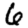
Digit: 6